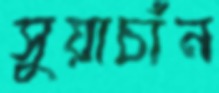
সুয়াচাঁন